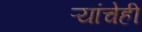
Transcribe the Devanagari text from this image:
ऱ्यांचेही